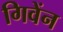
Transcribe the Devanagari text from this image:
गिवेंन